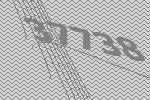
37738